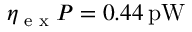
\eta _ { \textrm { e x } } P = 0 . 4 4 \, \mathrm { p W }